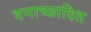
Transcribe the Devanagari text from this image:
वनाच्‍छादित